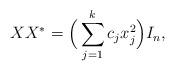
LaTeX: \begin{align*}XX^*= \Big(\sum_{j=1}^k c_j x_j^2 \Big)I_n,\end{align*}